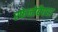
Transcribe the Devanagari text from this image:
स्फेनोबैएरा